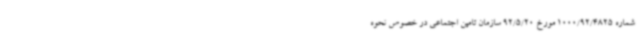
شماره 1000/92/4825 مورخ 92/5/20 سازمان تامین اجتماعی در خصوص نحوه